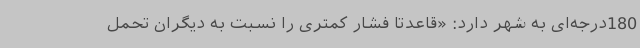
180درجه‌ای به شهر دارد: «قاعدتاً فشار کمتری را نسبت به دیگران تحمل